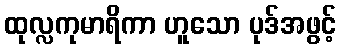
ထုလ္လကုမာရိကာ ဟူသော ပုဒ်အဖွင့်